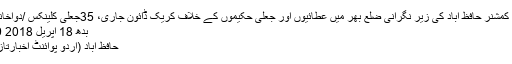
․ ڈپٹی کمشنر حافظ آباد کی زیر نگرانی ضلع بھر میں عطائیوں اور جعلی حکیموں کے خلاف کریک ڈائون جاری، 35جعلی کلینکس /دواخانے سیل
بدھ 18 اپریل 2018 20:29
حافظ آباد (اُردو پوائنٹ اخبارتازہ ترین۔